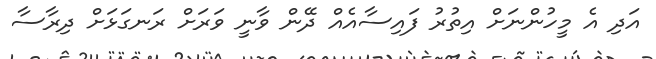
އަދި އެ މީހުންނަށް އިތުރު ފައިސާއެއް ދޭން ވާނީ ވަރަށް ރަނގަޅަށް ދިރާސާ